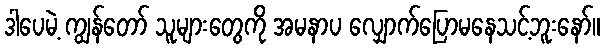
ဒါပေမဲ့ ကျွန်တော် သူများတွေကို အမနာပ လျှောက်ပြောမနေသင့်ဘူးနော်။